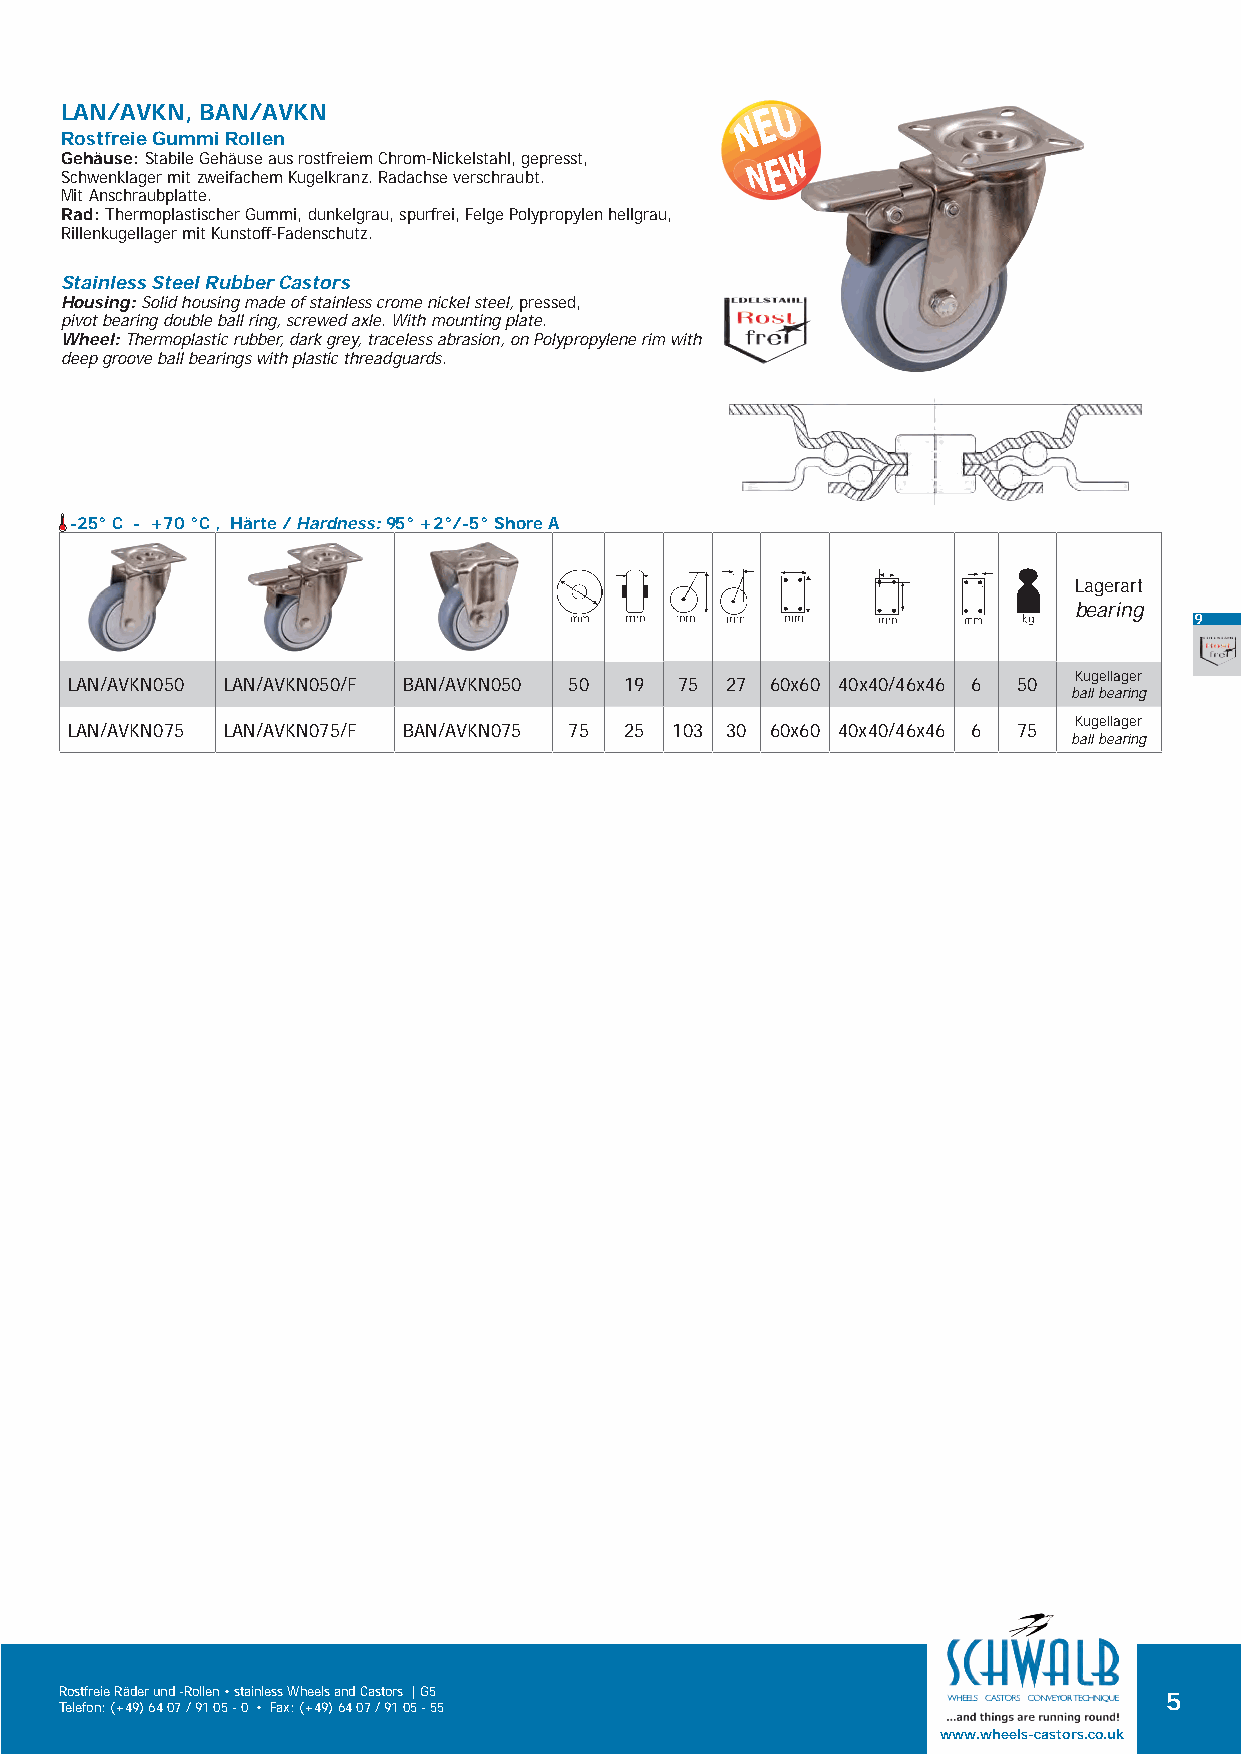
LAN/AVKN, BAN/AVKN
 Rostfreie Gummi Rollen
 Gehäuse: Stabile Gehäuse aus rostfreiem Chrom-Nickelstahl, gepresst,
 Schwenklager mit zweifachem Kugelkranz. Radachse verschraubt.
 Mit Anschraubplatte.
 Rad: Thermoplastischer Gummi, dunkelgrau, spurfrei, Felge Polypropylen hellgrau,
 Rillenkugellager mit Kunstoff-Fadenschutz.
 Stainless Steel Rubber Castors
 Housing: Solid housing made of stainless crome nickel steel, pressed,
 pivot bearing double ball ring, screwed axle. With mounting plate.
 Wheel: Thermoplastic rubber, dark grey, traceless abrasion, on Polypropylene rim with
 deep groove ball bearings with plastic threadguards.
 -25° C - +70 °C , Härte / Hardness: 95° +2°/-5° Shore A
 Lagerart
 bearing
 9
 Kugellager
 LAN/AVKN050 LAN/AVKN050/F BAN/AVKN050 50 19 75 27 60x60 40x40/46x46 6 50
 ball bearing
 Kugellager
 LAN/AVKN075 LAN/AVKN075/F BAN/AVKN075 75 25 103 30 60x60 40x40/46x46 6 75
 ball bearing
 Rostfreie Räder und -Rollen • stainless Wheels and Castors | G5          5
 Telefon: (+49) 64 07 / 91 05 - 0 • Fax: (+49) 64 07 / 91 05 - 55
 www.wheels-castors.co.uk